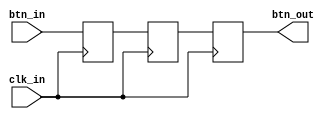
module btn_debouncer(
    input clk_in,
    input btn_in,
    output btn_out
    );
    
    reg t0, t1, t2;
    
    always @(posedge clk_in) begin
        t0 <= btn_in;
        t1 <= t0;
        t2 <= t1;
    end
    
    assign btn_out = t2;
    
endmodule